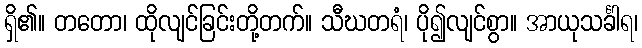
ရှိ၏။ တတော၊ ထိုလျင်ခြင်းတို့တက်။ သီဃတရံ၊ ပို၍လျင်စွာ။ အာယုသင်္ခါရ၊